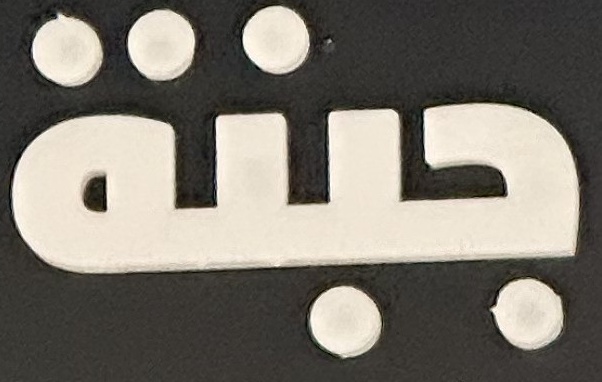
جبنة